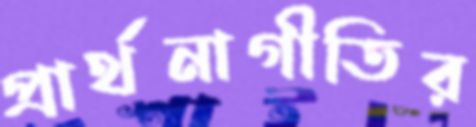
প্রার্থনাগীতির